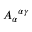
A _ { \alpha } { } ^ { \alpha \gamma }